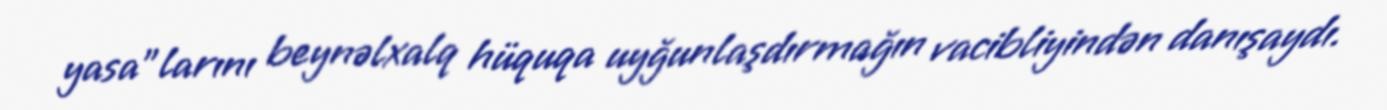
yasa”larını beynəlxalq hüquqa uyğunlaşdırmağın vacibliyindən danışaydı.